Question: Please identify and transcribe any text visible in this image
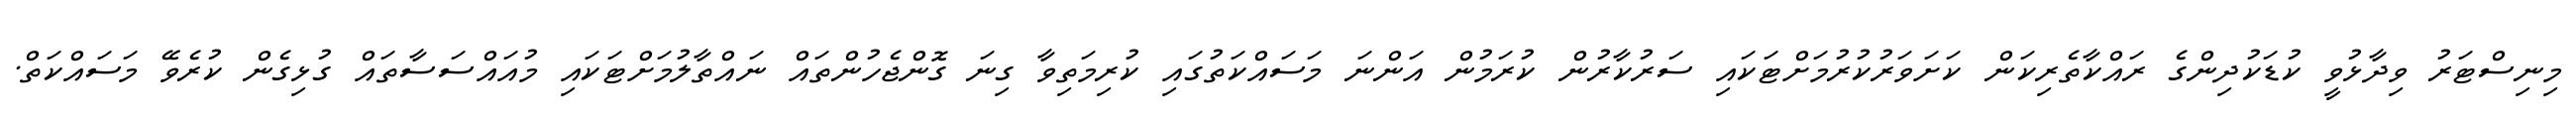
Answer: މިނިސްޓަރު ވިދާޅުވީ ކުޑަކުދިންގެ ރައްކާތެރިކަން ކަށަވަރުކުރުމަށްޓަކައި ސަރުކާރުން ކުރަމުން އަންނަ މަސައްކަތުގައި ކުރިމަތިވާ ގިނަ ގޮންޖެހުންތައް ނައްތާލުމަށްޓަކައި މުއައްސަސާތައް ގުޅިގެން ކުރެވޭ މަސައްކަތް.